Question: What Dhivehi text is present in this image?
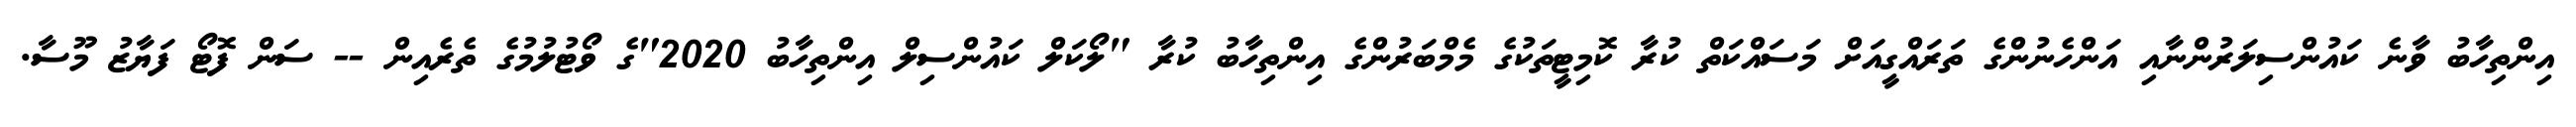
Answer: އިންތިހާބު ވާނެ ކައުންސިލަރުންނާއި އަންހެނުންގެ ތަރައްގީއަށް މަސައްކަތް ކުރާ ކޮމިޓީތަކުގެ މެމްބަރުންގެ އިންތިހާބު ކުރާ "ލޯކަލް ކައުންސިލް އިންތިހާބު 2020"ގެ ވޯޓުލުމުގެ ތެރެއިން -- ސަން ފޮޓޯ ފަޔާޒު މޫސާ.